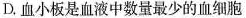
D.血小板是血液中数量最少的血细胞